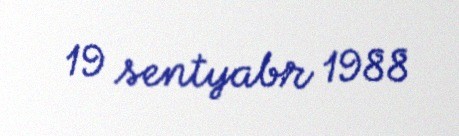
19 sentyabr 1988